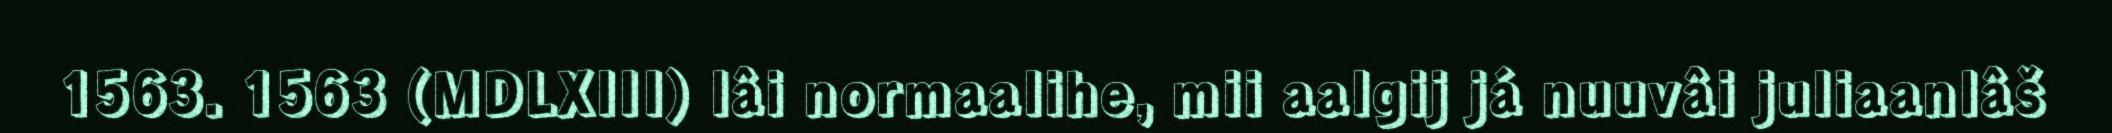
1563. 1563 (MDLXIII) lâi normaalihe, mii aalgij já nuuvâi juliaanlâš